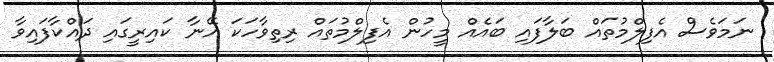
ނަމަވެސް އެފިލްމުތައް ބަލާފައި ބައެއް މީހުން އެފިލްމުތައް ރިތިވާހަކަ އޭނާ ކައިރީގައި ދައްކާފައިވާ